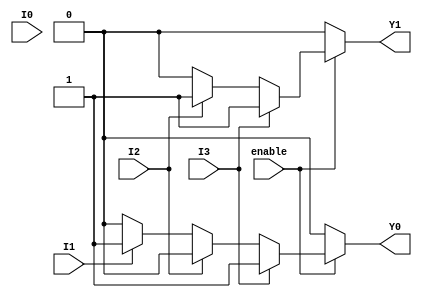
module encoder_4to2 (
    input wire I0,      // Input line 0
    input wire I1,      // Input line 1
    input wire I2,      // Input line 2
    input wire I3,      // Input line 3
    input wire enable,   // Enable signal
    output reg Y0,      // Output line 0
    output reg Y1       // Output line 1
);

    always @(*) begin
        // Default outputs
        Y0 = 1'b0;
        Y1 = 1'b0;

        if (enable) begin
            // Priority Encoding
            if (I3) begin
                Y1 = 1'b1; // Y1 = 1
                Y0 = 1'b1; // Y0 = 1
            end else if (I2) begin
                Y1 = 1'b1; // Y1 = 1
                Y0 = 1'b0; // Y0 = 0
            end else if (I1) begin
                Y1 = 1'b0; // Y1 = 0
                Y0 = 1'b1; // Y0 = 1
            end else if (I0) begin
                Y1 = 1'b0; // Y1 = 0
                Y0 = 1'b0; // Y0 = 0
            end
        end else begin
            // If not enabled, output is default (00)
            Y0 = 1'b0;
            Y1 = 1'b0;
        end
    end

endmodule